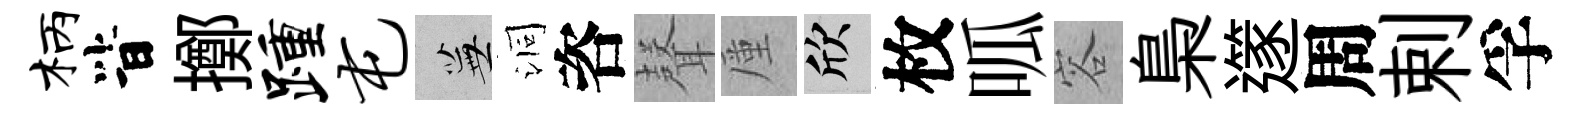
柄𣅜擲踵屯蕪洞咨𮋻厪欣枚呱容梟𨗹周剌孚